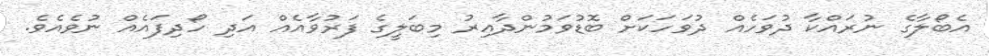
އެބޯލާގެ ނުރައްކާ ދުވަހެއް ދުވަހަކަށް ބޮޑުވަމުންދާއިރު މިބަލީގެ ފަރުވާއެއް އަދި ހޯދިފައެއް ނުވެއެވެ.